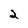
Character: 2